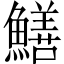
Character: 鱔